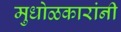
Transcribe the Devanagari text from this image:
मुधोळकारांनी